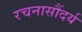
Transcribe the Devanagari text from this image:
रचनासौंदर्य